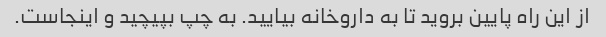
از این راه پایین بروید تا به داروخانه بیایید. به چپ بپیچید و اینجاست.